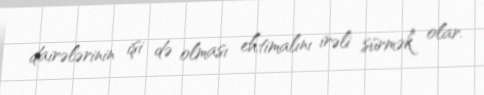
dairələrinin işi də olması ehtimalını irəli sürmək olar.